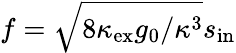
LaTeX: f=\sqrt{8\kappa_{\mathrm{ex}}g_{0}/\kappa^{3}}s_{\mathrm{in}}